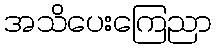
အသိပေးကြေညာ